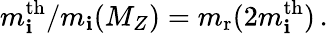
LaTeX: m_{\mathbf{i}}^{\mathrm{{th}}}/m_{\mathbf{i}}(M_{{Z}})=m_{\mathrm{{r}}}(2m_{\mathbf{i}}^{\mathrm{{th}}})\, .